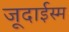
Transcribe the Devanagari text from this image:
जूदाईस्म